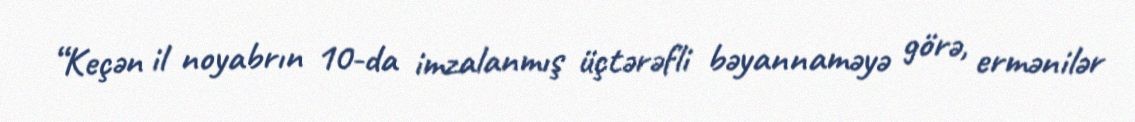
“Keçən il noyabrın 10-da imzalanmış üçtərəfli bəyannaməyə görə, ermənilər